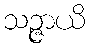
သဉ္ဇာယိ